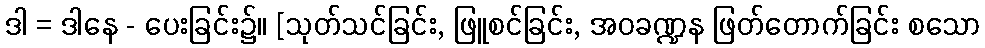
ဒါ = ဒါနေ - ပေးခြင်း၌။ [သုတ်သင်ခြင်း, ဖြူစင်ခြင်း, အဝခဏ္ဍန ဖြတ်တောက်ခြင်း စသော